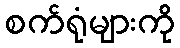
စက်ရုံများကို